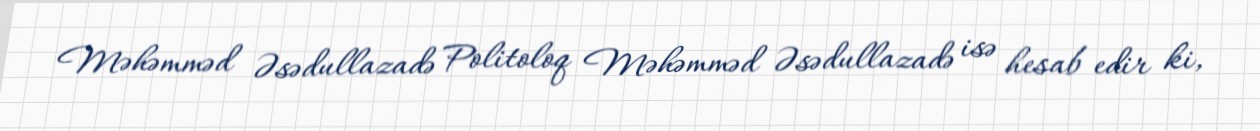
Məhəmməd Əsədullazadə Politoloq Məhəmməd Əsədullazadə isə hesab edir ki,